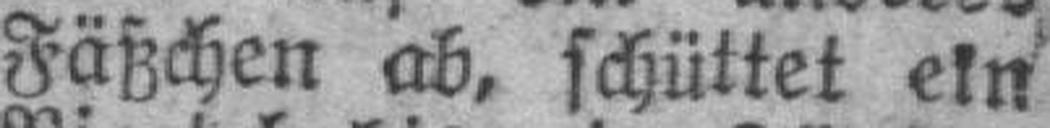
Fäßchen ab, schüttet ein